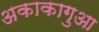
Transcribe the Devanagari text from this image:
अकाकागुआ